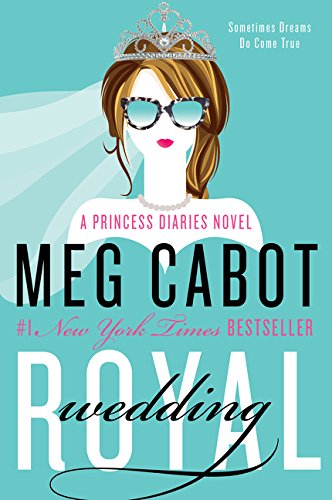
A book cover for Royal Wedding: A Princess Diaries Novel; Meg Cabot; Romance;